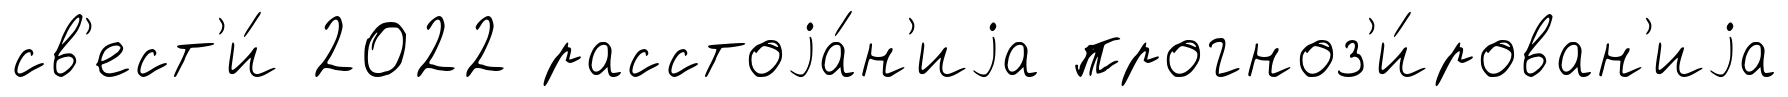
св'ест'и́ 2022 расстоjа́н'иjа прогноз'и́рован'иjа